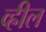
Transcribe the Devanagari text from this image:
व्ह्रील